Annual report on the health of the army in India
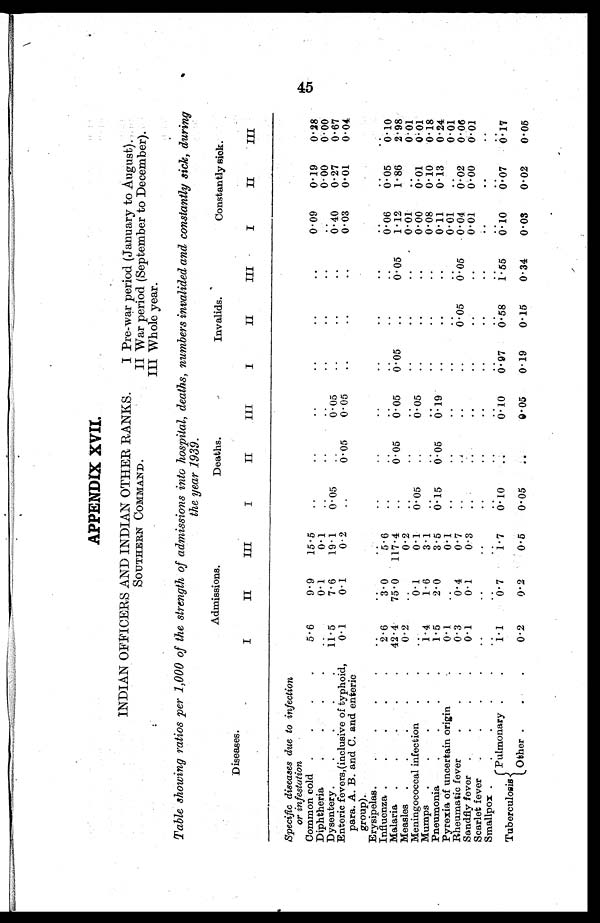
APPENDIX XVII.
INDIAN OFFICERS AND INDIAN OTHER RANKS
SOUTHERN COMMAND.
I Pre-war period (January to August).
II War period (September to December).
III Whole year.
Table showing ratios per 1,000 of the strength of admissions into hospital, deaths, numbers invalided and constantly sick, during
the year 1939.
Diseases.
Admissions.
Deaths.
Invalids.
Constantly sick.
I
II
III
I
II
III
I
II
III
I
II
III
Specific diseases due to infection
or infestation
Common cold .
.
.
.
5.6
9.9
15.5
..
..
..
..
..
..
0.09
0.19
0.28
Diphtheria
.
.
.
. .
0.1
0.1
..
..
. .
..
..
..
..
0.00
0.00
Dysentery.
.
.
.
.
11.5
7.6
19.1
0.05
..
0.05
..
..
..
0.40
0.27
0.67
Enteric fevers, (inclusive of typho
i
d,
para. A. B. and C. and enteric
group).
0 . 1 0.1
0.2
..
0.05
0.05
..
..
..
0.03
0.01
0.04
Erysipelas.
.
.
.
.
..
..
..
..
..
..
..
..
. .
..
..
. .
Influenza .
.
2.6
3.0
5.6
..
..
..
. .
..
..
0.06
0.05
0.10
Malaria .
.
.
42.4
75.0 117.4
..
0.05
0.05
0. 05
..
0.05
1.12
1.86
2.98
Measles .
.
.
.
.
0.2
..
0.2
..
..
..
. .
..
...
0.01
..
0.01
Meningococcal infection
.
.
..
0.1
0.1
0.05
..
0 .05
..
..
..
0.00
0.01
0.01
Mumps .
.
.
.
-
1.4
1.6
3.1
..
. .
..
..
..
..
0.08
0.10
0.18
Pneumonia
.
.
.
.
1.5
2.0
3.5
0.15
0.05
0.19
..
..
..
0.11
0.13
0.24
Pyrexia of uncertain origin
0.1
..
0.1
..
..
..
..
..
..
0.01
..
0.01
Rheumatic fever
.
.
.
0.3
0.4
0.7
..
..
. .
..
0.05
0. 05
0.04
0.02
0.06
Sandfly fever .
.
.
.
0.1
0.1
0.3
..
..
. .
. .
..
..
0.01
0.00
0.01
Scarlet fever .
.
.
.
..
..
. . ..
..
..
. .
..
..
..
..
..
Smallpox .
.
.
.
.
..
. .
..
. .
..
..
..
..
..
..
..
..
Tuberculosis
Pulmonary .
.
1 . 1
0. 7
1.7
0.10
..
0.10
0.97
0. 58
1.55
0.10
0.07
0.17
Other .
.
.
0.2
0.2
0.5
0.05 ..
0.05
0.19
0.15
0.34
0.03
0.02
0.05
45